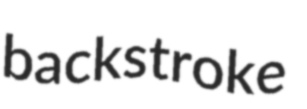
backstroke